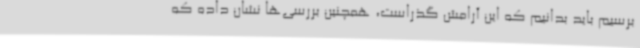
برسیم باید بدانیم که این آرامش گذراست، همچنین بررسی‌ها نشان داده که